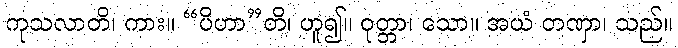
ကုသလာတိ၊ ကား။ “ပိဟာ”တိ၊ ဟူ၍။ ဝုတ္တာ၊ သော။ အယံ တဏှာ၊ သည်။